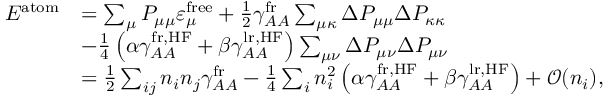
\begin{array} { r l } { E ^ { \mathrm { a t o m } } } & { = \sum _ { \mu } P _ { \mu \mu } \varepsilon _ { \mu } ^ { \mathrm { f r e e } } + \frac { 1 } { 2 } \gamma _ { A A } ^ { \mathrm { f r } } \sum _ { \mu \kappa } \Delta P _ { \mu \mu } \Delta P _ { \kappa \kappa } } \\ & { - \frac { 1 } { 4 } \left( \alpha \gamma _ { A A } ^ { \mathrm { f r , H F } } + \beta \gamma _ { A A } ^ { \mathrm { l r , H F } } \right) \sum _ { \mu \nu } \Delta P _ { \mu \nu } \Delta P _ { \mu \nu } } \\ & { = \frac { 1 } { 2 } \sum _ { i j } n _ { i } n _ { j } \gamma _ { A A } ^ { \mathrm { f r } } - \frac { 1 } { 4 } \sum _ { i } n _ { i } ^ { 2 } \left( \alpha \gamma _ { A A } ^ { \mathrm { f r , H F } } + \beta \gamma _ { A A } ^ { \mathrm { l r , H F } } \right) + \mathcal { O } ( n _ { i } ) , } \end{array}